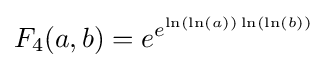
F_{4}(a,b)=e^{e^{\ln(\ln(a))\ln(\ln(b))}}